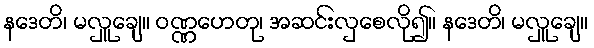
နဒေတိ၊ မလှူချေ။ ဝဏ္ဏဟေတု၊ အဆင်းလှစေလို၍။ နဒေတိ၊ မလှူချေ။